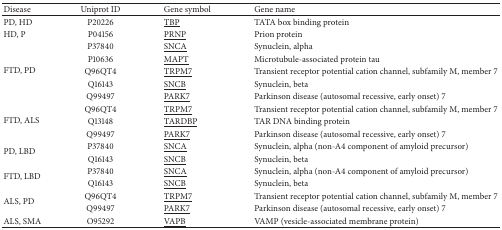
| Disease | Uniprot ID | Gene symbol | Gene name |
 | --- | --- | --- | --- |
 | PD, HD | P20226 | <underline>TBP</underline> | TATA box binding protein |
 | HD, P | P04156 | <underline>PRNP</underline> | Prion protein |
 | <ROWSPAN=5> FTD, PD | P37840 | <underline>SNCA</underline> | Synuclein, alpha |
 | P10636 | <underline>MAPT</underline> | Microtubule-associated protein tau |
 | Q96QT4 | <underline>TRPM7</underline> | Transient receptor potential cation channel, subfamily M, member 7 |
 | Q16143 | <underline>SNCB</underline> | Synuclein, beta |
 | Q99497 | <underline>PARK7</underline> | Parkinson disease (autosomal recessive, early onset) 7 |
 | <ROWSPAN=3> FTD, ALS | Q96QT4 | <underline>TRPM7</underline> | Transient receptor potential cation channel, subfamily M, member 7 |
 | Q13148 | <underline>TARDBP</underline> | TAR DNA binding protein |
 | Q99497 | <underline>PARK7</underline> | Parkinson disease (autosomal recessive, early onset) 7 |
 | <ROWSPAN=2> PD, LBD | P37840 | <underline>SNCA</underline> | Synuclein, alpha (non-A4 component of amyloid precursor) |
 | Q16143 | <underline>SNCB</underline> | Synuclein, beta |
 | <ROWSPAN=2> FTD, LBD | P37840 | <underline>SNCA</underline> | Synuclein, alpha (non-A4 component of amyloid precursor) |
 | Q16143 | <underline>SNCB</underline> | Synuclein, beta |
 | <ROWSPAN=2> ALS, PD | Q96QT4 | <underline>TRPM7</underline> | Transient receptor potential cation channel, subfamily M, member 7 |
 | Q99497 | <underline>PARK7</underline> | Parkinson disease (autosomal recessive, early onset) 7 |
 | ALS, SMA | O95292 | <underline>VAPB</underline> | VAMP (vesicle-associated membrane protein) |